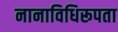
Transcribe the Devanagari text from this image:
नानाविधिरूपता